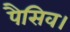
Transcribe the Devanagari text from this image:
पैसिव।